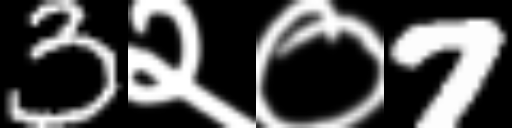
Text: 3२०7